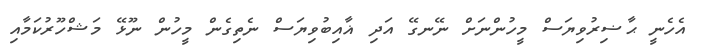
އެހެނީ ޙާޟިރުވިޔަސް މީހުންނަށް ނޭނގޭ އަދި ޣާއިބުވިޔަސް ނެތިގެން މީހުން ނޫޅޭ މަޝްހޫރުކަމާއި